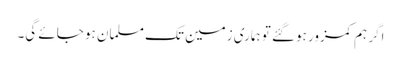
اگر ہم کمزور ہوگئے تو ہماری زمین تک مسلمان ہو جائے گی۔